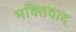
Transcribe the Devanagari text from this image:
भक्तिवाद